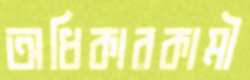
অধিকারকামী